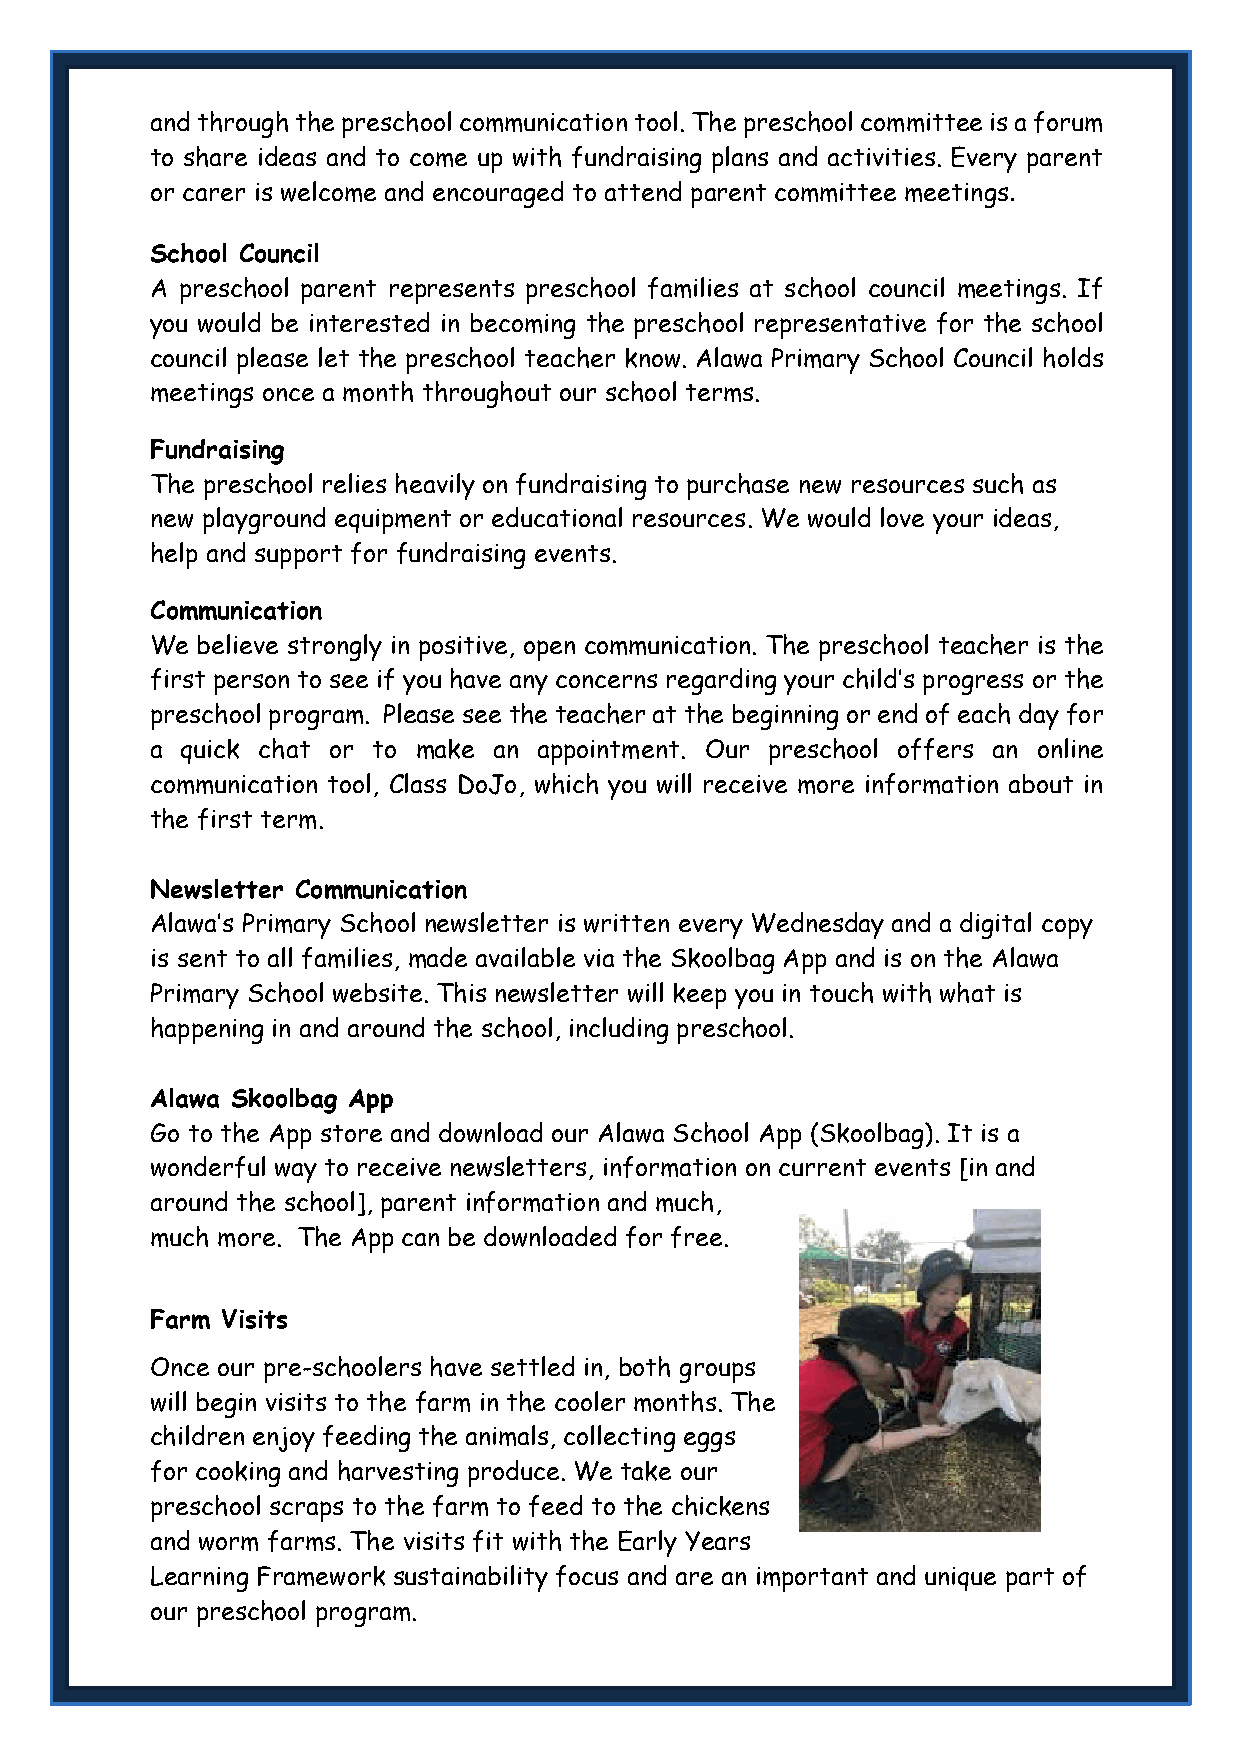
and through the preschool communication tool. The preschool committee is a forum
 to share ideas and to come up with fundraising plans and activities. Every parent
 or carer is welcome and encouraged to attend parent committee meetings.
 School Council
 A preschool parent represents preschool families at school council meetings. If
 you would be interested in becoming the preschool representative for the school
 council please let the preschool teacher know. Alawa Primary School Council holds
 meetings once a month throughout our school terms.
 Fundraising
 The preschool relies heavily on fundraising to purchase new resources such as
 new playground equipment or educational resources. We would love your ideas,
 help and support for fundraising events.
 Communication
 We believe strongly in positive, open communication. The preschool teacher is the
 first person to see if you have any concerns regarding your child’s progress or the
 preschool program. Please see the teacher at the beginning or end of each day for
 a quick chat or to make an appointment. Our preschool offers an online
 communication tool, Class DoJo, which you will receive more information about in
 the first term.
 Newsletter Communication
 Alawa’s Primary School newsletter is written every Wednesday and a digital copy
 is sent to all families, made available via the Skoolbag App and is on the Alawa
 Primary School website. This newsletter will keep you in touch with what is
 happening in and around the school, including preschool.
 Alawa Skoolbag App
 Go to the App store and download our Alawa School App (Skoolbag). It is a
 wonderful way to receive newsletters, information on current events [in and
 around the school], parent information and much,
 much more. The App can be downloaded for free.
 Farm Visits
 Once our pre-schoolers have settled in, both groups
 will begin visits to the farm in the cooler months. The
 children enjoy feeding the animals, collecting eggs
 for cooking and harvesting produce. We take our
 preschool scraps to the farm to feed to the chickens
 and worm farms. The visits fit with the Early Years
 Learning Framework sustainability focus and are an important and unique part of
 our preschool program.